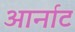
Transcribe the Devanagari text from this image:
आर्नाट